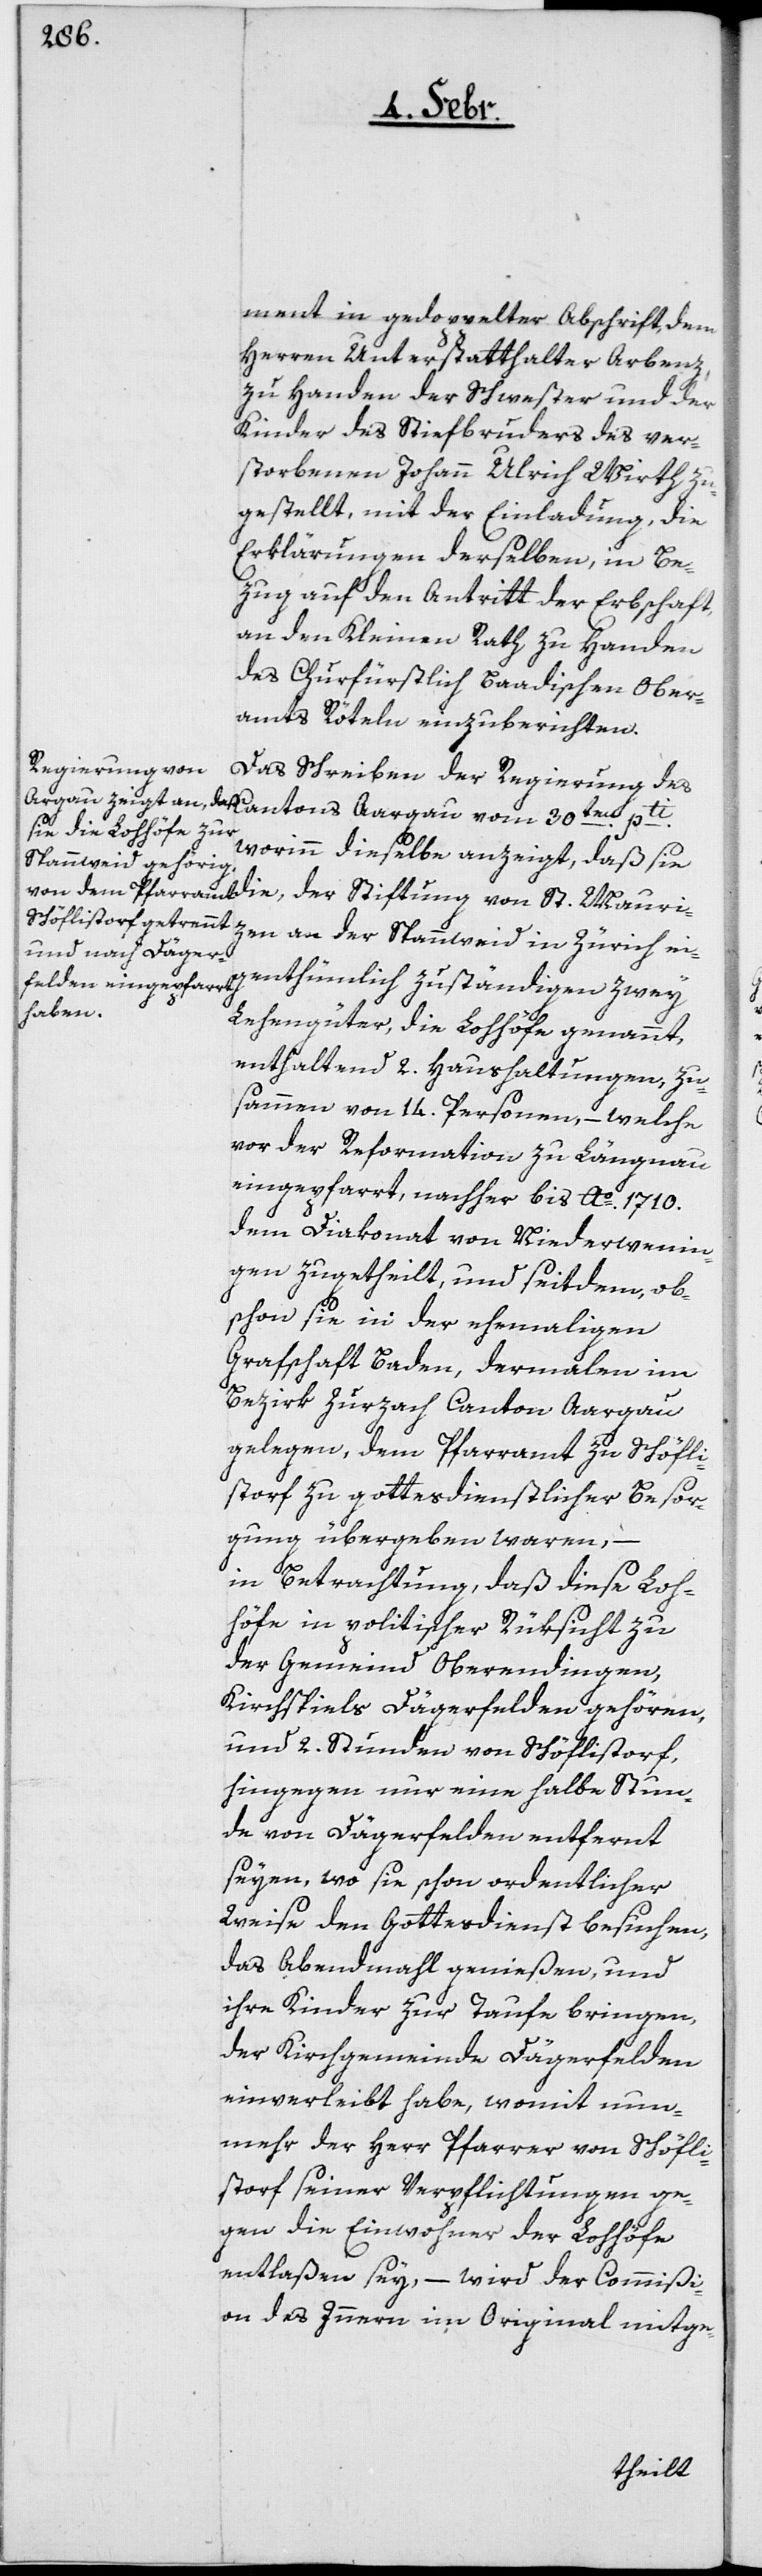
St. Mauri¬
ment in gedoppelter Abschrift, dem
Herren Unterstatthalter Arbenz,
zu Handen der Schwester und der
Kinder des Stiefbruders des ver¬
storbenen Johann Ulrich Wirth zu¬
gestellt, mit der Einladung, die
Erklärungen derselben, in Be¬
zug auf den Antritt der Erbschaft,
an den Kleinen Rath zu Handen
des Churfürstlich baadischen Ober¬
amts Rötelen einzuberichten.
Das Schreiben der Regierung des
worinn dieselbe anzeigt, daß sie
zen an der Spannweid in Zürich ei¬
genthümlich zuständigen zwey
Lehengüter, die Lohhöfe genannt,
enthaltend 2. Haushaltungen, zu¬
sammen von 14. Personen, – welche
vor der Reformation zu Längnau
eingepfarrt, nachher bis Ao. 1710.
dem Diakonat von Niederwenin¬
gen zugetheilt, und seitdem, ob¬
schon sie in der ehemaligen
Grafschaft Baden, dermalen im
Bezirk Zurzach, Canton Aargau,
gelegen, dem Pfarramt zu Schöffli¬
storf zu gottesdienstlicher Besor¬
gung übergeben waren, –
in Betrachtung, daß diese Loh¬
höfe in politischer Rücksicht zu
der Gemeind Oberendingen,
Kirchspiels Dägerfelden gehören,
und 2. Stunden von Schöflistorf,
hingegen nur eine halbe Stun¬
de von Dägerfelden entfernt
seyen, wo sie schon ordentlicher
Weise den Gottesdienst besuchen,
das Abendmahl genießen, und
ihre Kinder zur Taufe bringen,
der Kirchgemeinde Dägerfelden
einverleibt habe, womit nun¬
mehr der Herr Pfarrer von Schöfli¬
storf seiner Verpflichtungen ge¬
gen die Einwohner der Lohhöfe
entlaßen sey, – wird der Commißi¬
on des Innern im Original mitge-